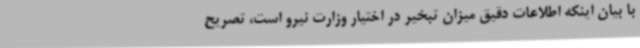
با بیان اینکه اطلاعات دقیق میزان تبخیر در اختیار وزارت نیرو است، تصریح